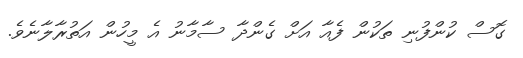
ގޮސް ކުންފުނި ތަކުން ފެއާ އަށް ގެންދާ ސާމާނު އެ މީހުން އަތުރާލާނެވެ.